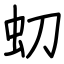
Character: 虭